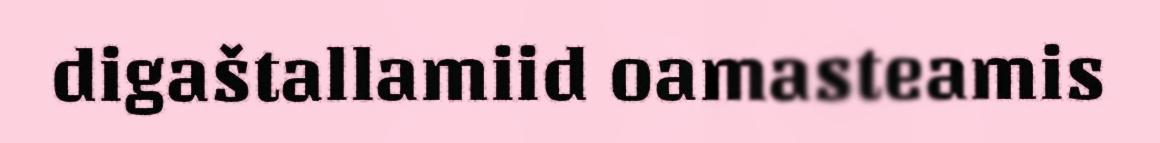
digaštallamiid oamasteamis